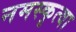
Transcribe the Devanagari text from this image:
नमस्कृत्वा